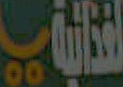
التالية